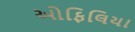
ઓફિલિયા